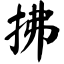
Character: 拂